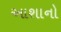
આશાનો